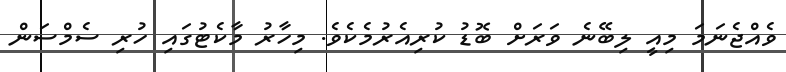
ވެއްޖެނަމަ މިއީ ލިބޭނެ ވަރަށް ބޮޑު ކުރިއެރުމެކެވެ. މިހާރު މާކެޓުގައި ހުރި ސެމްސަން